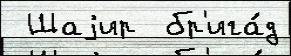
 Шаjир  бр'ига́д